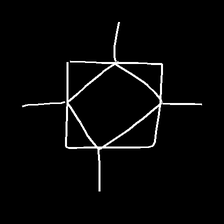
Glyph: light